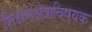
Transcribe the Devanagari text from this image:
शिक्षणक्षेत्राविषयक